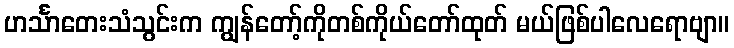
ဟင်္သာတေးသံသွင်းက ကျွန်တော့်ကိုတစ်ကိုယ်တော်ထုတ် မယ်ဖြစ်ပါလေရောဗျာ။